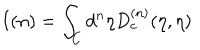
I ( n ) = \int _ { C } { d ^ { n } } { \eta } D _ { c } ^ { ( n ) } ( \eta , { \eta } )